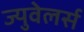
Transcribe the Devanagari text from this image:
ज्युवेलर्स